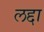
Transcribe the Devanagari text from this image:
लद्दा